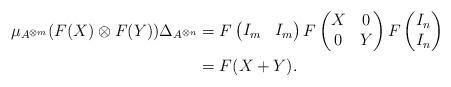
LaTeX: \begin{align*} \mu_{A^{\otimes m}}(F(X) \otimes F(Y))\Delta_{A^{\otimes n}} &= F \begin{pmatrix} I_m&I_m \end{pmatrix} F \begin{pmatrix} X&0 \\ 0&Y \end{pmatrix} F \begin{pmatrix} I_n \\ I_n \end{pmatrix} \\ &= F(X+Y).\end{align*}